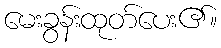
မေးခွန်းထုတ်ပေး၏။